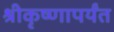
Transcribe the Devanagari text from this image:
श्रीकृष्णापर्यंत